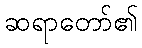
ဆရာတော်၏